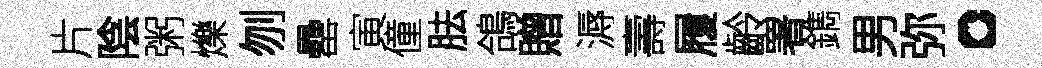
片陰粥爍刎罍寅僮胠鴿贈溽壽履齡署鐫男弥。